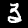
Digit: 3